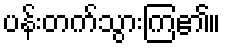
ပန်းတက်သွားကြ၏။